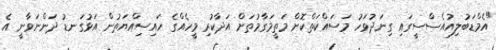
"އެމްޑަބުލިއުއެސްސީގައި ގިނަދުވަހު މަސައްކަތްކޮށް މަތީމަގާމުތަށް އަދާކުރި މީހެއްގެ ހައިސިއްޔަތުން އަޅުގަނޑު ދަންނަވާނީ އެ